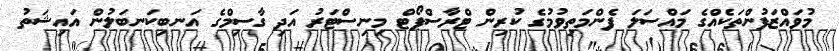
މުވައްޒަފުންތަކެއްގެ މައްސަލަ ފެންމަތިވުމުގެ ކުރިން ޓްރާސްޕޯޓް މިނިސްޓަރު އަދި ގާސިމްގެ އަނބިކަނބަލުން އައިޝަތު